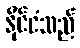
နိုင်ငံသည်